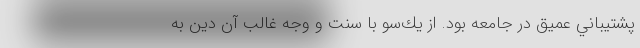
پشتيباني عميق در جامعه بود. از يك‌سو با سنت و وجه غالب آن دين به